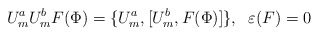
\begin{align*}U^a_m U^b_m F(\Phi) = \{U^a_m,{[}U^b_m, F(\Phi){]}\},\;\;\varepsilon(F)=0\end{align*}